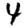
Digit: 4